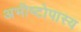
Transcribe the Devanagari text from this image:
अभीष्टोपास्य